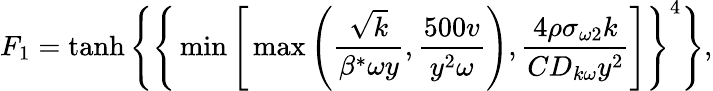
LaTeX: F_{1}=\operatorname{tanh}\Bigg\{ \Bigg\{ \operatorname*{min}\Bigg[\operatorname*{max}\Bigg(\frac{\sqrt{k}}{\beta^{*}\omega y},\frac{500v}{y^{2}\omega}\Bigg),\frac{4\rho\sigma_{\omega 2}k}{CD_{k\omega}y^{2}}\Bigg]\Bigg\} ^{4}\Bigg\} ,